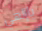
ياإلهي